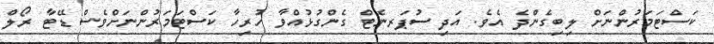
ކަސްޓަމަރުންނަށް ލިބިގެންދެ އެވެ. އަދި ސުޕަރނެޓް ގެންގުޅުއްވާ ހުރިހާ ކަސްޓަމަރުންނަށްވެސް ޑޭޓާ ރޯލް